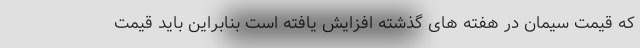
که قیمت سیمان در هفته های گذشته افزایش یافته است بنابراین باید قیمت